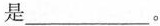
是___。